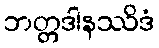
ဘတ္တဒါနဿိဒံ